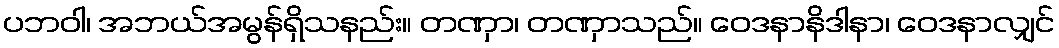
ပဘဝါ၊ အဘယ်အမွန်ရှိသနည်း။ တဏှာ၊ တဏှာသည်။ ဝေဒနာနိဒါနာ၊ ဝေဒနာလျှင်